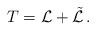
LaTeX: \begin{align*} T = {\cal L} + \tilde{\cal L} \, .\end{align*}